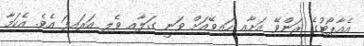
އެއާޕޯޓުގެ ރަންވޭ އަށާއި ހައިވޭއަށް ވަނީ ގަލާއި ވެލި އަރައިފަ އެވެ. އެކަމާ